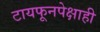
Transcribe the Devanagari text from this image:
टायफूनपेक्षाही